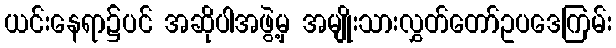
ယင်းနေရာ၌ပင် အဆိုပါအဖွဲ့မှ အမျိုးသားလွှတ်တော်ဥပဒေကြမ်း